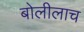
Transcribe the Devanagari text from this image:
बोलीलाच